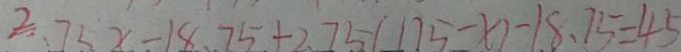
2 . 7 5 x - 1 8 . 7 5 + 2 . 7 5 ( 1 7 5 - x ) - 1 8 . 7 5 = 4 5